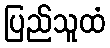
ပြည်သူထံ